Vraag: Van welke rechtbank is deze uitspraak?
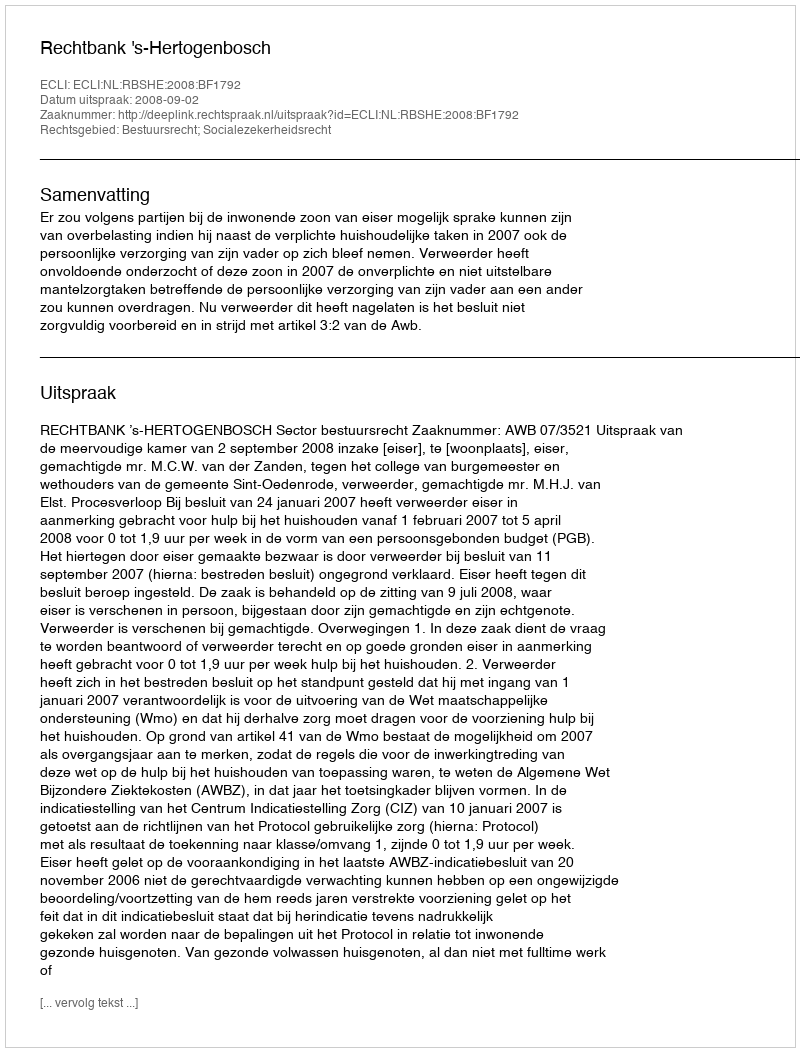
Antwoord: Rechtbank 's-Hertogenbosch